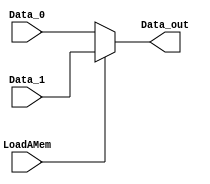
// MUX to select which comes from register and which from Mem[offset + rs][4-0]
module mux_LdA (
    input   wire    LoadAMem,
    input   wire    [31:0]  Data_0,     //  REG A
    input   wire    [31:0]  Data_1,     //  Mem[offset + rs]
    output  wire    [31:0]  Data_out
);

assign  Data_out    =   (LoadAMem) ? Data_1  :   Data_0;

endmodule